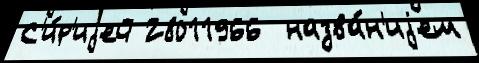
С'и́р'иjей 28011966  назва́н'иjем